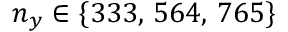
n _ { y } \in \{ 3 3 3 , \, 5 6 4 , \, 7 6 5 \}